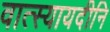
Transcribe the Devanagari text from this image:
वात्स्यायदीनि